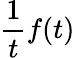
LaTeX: {\frac{1}{t}}f(t)